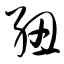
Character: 纽